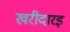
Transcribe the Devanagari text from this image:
खरीदारइ